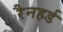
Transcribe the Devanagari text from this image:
रैनहर्ड